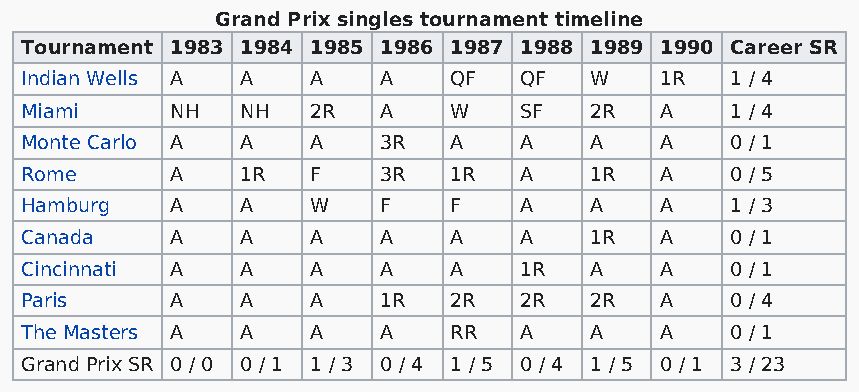
Grand Prix singles tournament timeline
 Tournament 1983 1984 1985 1986 1987 1988 1989 1990 Career SR
 Indian Wells A A    A   A    QF  QF   W    1R  1 / 4
 Miami     NH   NH   2R  A    W   SF   2R   A   1 / 4
 Monte Carlo A  A    A   3R   A   A    A    A   0 / 1
 Rome      A    1R   F   3R   1R  A    1R   A   0 / 5
 Hamburg   A    A    W   F    F   A    A    A   1 / 3
 Canada    A    A    A   A    A   A    1R   A   0 / 1
 Cincinnati A   A    A   A    A   1R   A    A   0 / 1
 Paris     A    A    A   1R   2R  2R   2R   A   0 / 4
 The Masters A  A    A   A    RR  A    A    A   0 / 1
 Grand Prix SR 0 / 0 0 / 1 1 / 3 0 / 4 1 / 5 0 / 4 1 / 5 0 / 1 3 / 23